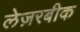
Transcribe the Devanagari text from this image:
लेज़रबीक